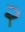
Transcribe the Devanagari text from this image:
२